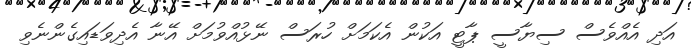
އަދި އެއްވެސް ސިޔާސީ ޕާޓީ އަކުން އެކަމަށް ހުރަސް ނޭޅުއްވުމަށް އޭނާ އެދިވަޑައިގެންނެވި